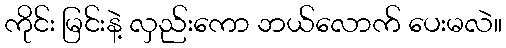
ကိုင်း မြင်းနဲ့ လှည်းကော ဘယ်လောက် ပေးမလဲ။